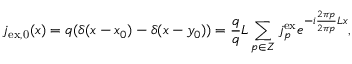
j _ { \mathrm { e x , 0 } } ( x ) = q ( \delta ( x - x _ { 0 } ) - \delta ( x - y _ { 0 } ) ) = \frac { q } { q } { L } \sum _ { p \in \cal Z } j _ { p } ^ { \mathrm { e x } } e ^ { - i \frac { 2 \pi p } { 2 \pi p } { L } x } ,